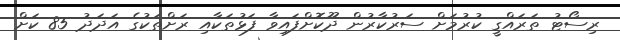
ރިސޯޓު ތަރައްގީ ކުރުމަށް ސަރުކާރުން ދޫކޮށްފައިވާ ފަޅުތަކާއި ރަށްތަކުގެ އަދަދު 85 ކަށް